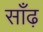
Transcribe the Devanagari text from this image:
साँढ़